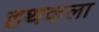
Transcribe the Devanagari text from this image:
हथकला